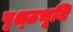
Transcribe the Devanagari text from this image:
पृश्ठभूमि